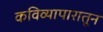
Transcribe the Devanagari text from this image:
कविव्यापारातून